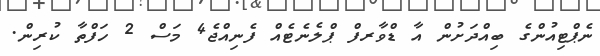
ނެޕްޓިއުންގެ ބިއްދަށުން އާ ޑްވާރފް ޕްލެނެޓެއް ފެނިއްޖެ4 މަސް 2 ހަފްތާ ކުރިން.